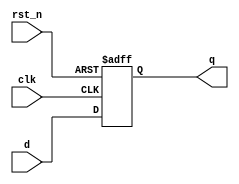
module synchronous_register (
    input wire clk,          // Clock input
    input wire rst_n,       // Active low reset
    input wire [7:0] d,     // Data input
    output reg [7:0] q      // Data output (register)
);

// Always block sensitive to the rising edge of the clock or the active low reset
always @(posedge clk or negedge rst_n) begin
    if (!rst_n) begin
        // Asynchronous reset: set output to 0
        q <= 8'b0;          // Non-blocking assignment for reset
    end else begin
        // Update the register with the input data
        q <= d;             // Non-blocking assignment for data update
    end
end

endmodule